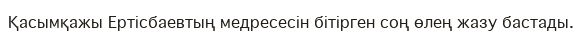
Қасымқажы Ертісбаевтың медресесін бітірген соң өлең жазу бастады.